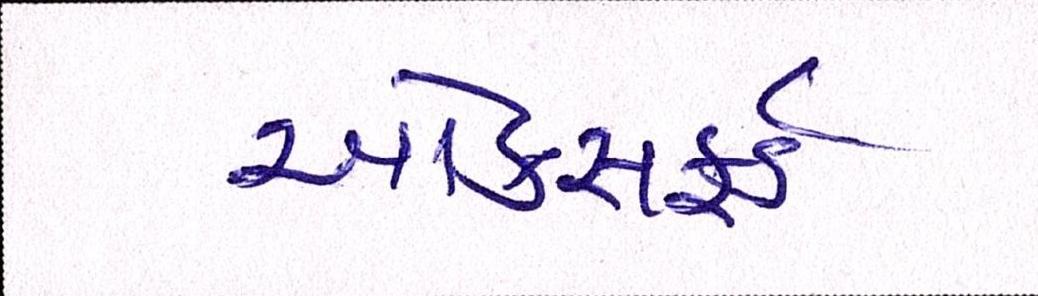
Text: ઓકસફર્ડ